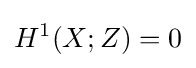
H^{1}(X;Z)=0